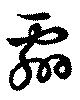
翲